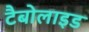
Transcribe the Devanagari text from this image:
टैबोलाइड